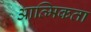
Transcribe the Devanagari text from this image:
आत्मिकता